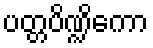
ပတ္တပိဏ္ဍိကော